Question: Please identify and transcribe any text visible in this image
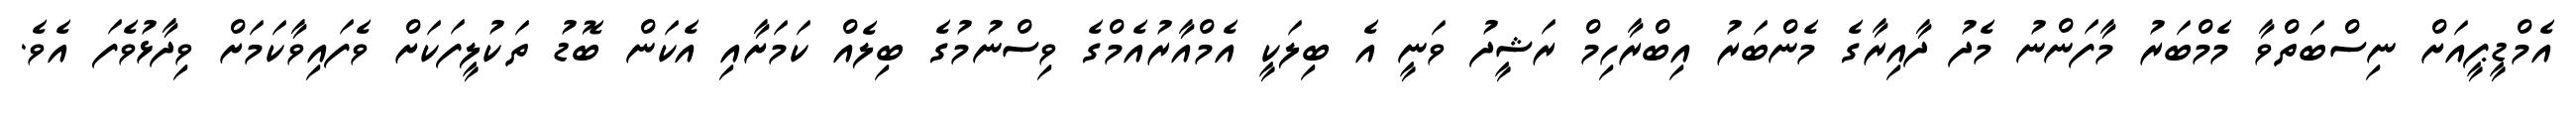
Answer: އެމްޑީޕީއަށް ނިސްބަތްވާ މެމްބަރު މާފަންނު މެދު ދާއިރާގެ މެންބަރު އިބްރާހިމް ރަޝީދު ވަނީ އެ ބިލަކީ އެމްއާރުއެމްގެ ވިސްނުމުގެ ބިލެއް ކަމަށާއި އެކަން ބޮޑު ތަކުލީފަކަށް ވެފައިވާކަމަށް ވިދާޅުވެފަ އެވެ.